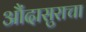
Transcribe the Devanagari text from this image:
औंदासुराचा